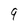
Character: 9